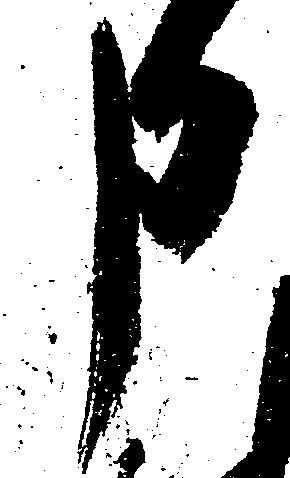
申